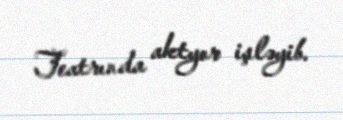
Teatrında aktyor işləyib.